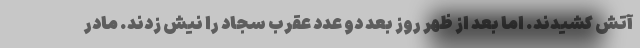
آتش کشیدند. اما بعد از ظهر روز بعد دو عدد عقرب سجاد را نیش زدند. مادر